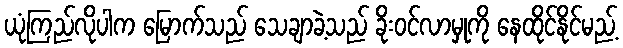
ယုံကြည်လိုပါက မြောက်သည် သေချာခဲ့သည် ခိုးဝင်လာမှုကို နေထိုင်နိုင်မည့်